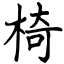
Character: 椅